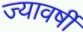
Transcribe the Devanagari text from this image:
ज्यावर्षी